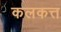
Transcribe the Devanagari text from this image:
कलकत्त